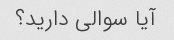
آیا سوالی دارید؟